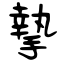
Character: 摯